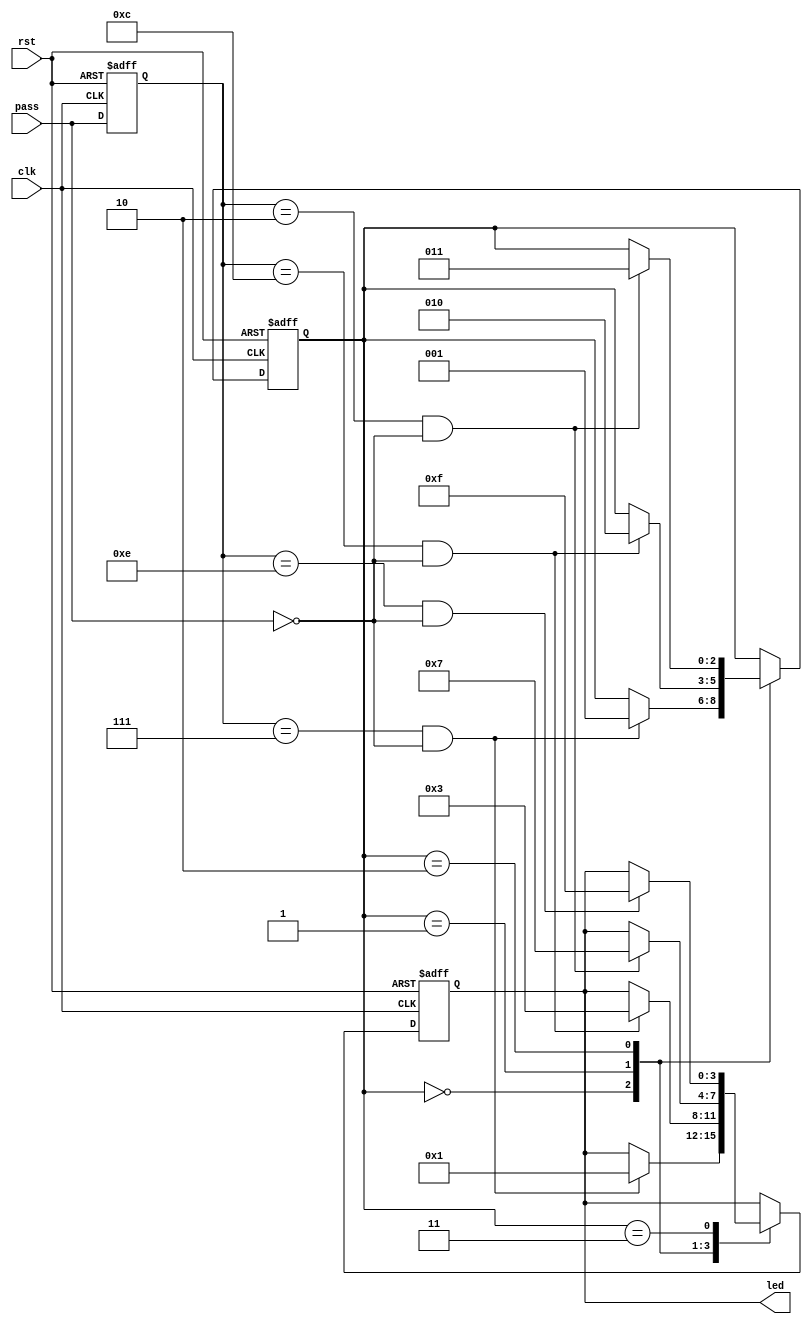
module passma(clk,rst,pass,led);
input clk,rst;
input [3:0]pass;

output [3:0]led;

reg [3:0]led;
reg [3:0]para1;
reg [3:0]para2;
//para2->para1
reg [2:0]progress;
// key: 0111, 1100, 0010, 1110

always @(posedge clk or posedge rst) begin
    if (rst==1'b1)
    begin
        para1=4'b0000;
        para2=4'b0000;
        progress=3'b000;
        led=4'b0000;
    end
    else
    begin
    para1=para2;
    para2=pass;
    
    case (progress)
        3'b000:
        begin
            if (para1== 4'b0111 && para2==4'b0000)
            begin
            progress=3'b001;
            led=4'b0001;
            end
        end

        3'b001:
        begin
            if (para1== 4'b1100 && para2==4'b0000)
            begin
            progress=3'b010;
            led=4'b0011;
            end
        end

        3'b010:
        begin
            if (para1== 4'b0010 && para2==4'b0000)
            begin
            progress=3'b011;
            led=4'b0111;
            end
        end       

        3'b011:
        begin
            if (para1== 4'b1110 && para2==4'b0000)
            begin
            led=4'b1111;
            end
        end
    
    endcase
    end
end

endmodule